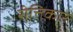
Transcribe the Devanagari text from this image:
रीत्तिकार